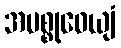
အမစ္စုဓေယျံ